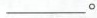
___。